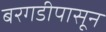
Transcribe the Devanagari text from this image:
बरगडीपासून